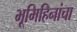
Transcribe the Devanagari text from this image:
भूमिहिनांचा